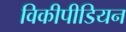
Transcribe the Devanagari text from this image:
विकीपीडियन